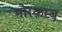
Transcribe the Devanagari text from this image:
मोरकम्ब